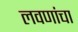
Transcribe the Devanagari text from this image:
लवणांचा